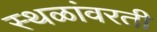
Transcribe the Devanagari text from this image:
स्थळांवरती